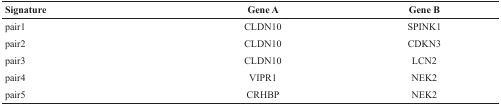
| Signature | Gene A | Gene B |
 | --- | --- | --- |
 | pair1 | CLDN10 | SPINK1 |
 | pair2 | CLDN10 | CDKN3 |
 | pair3 | CLDN10 | LCN2 |
 | pair4 | VIPR1 | NEK2 |
 | pair5 | CRHBP | NEK2 |